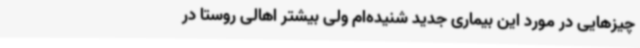
چیزهایی در مورد این بیماری جدید شنیده‌ام ولی بیشتر اهالی روستا در